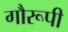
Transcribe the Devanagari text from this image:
गौरूपी